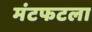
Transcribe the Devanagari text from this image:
मंटफटला